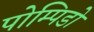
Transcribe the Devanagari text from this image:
पोम्पिडो